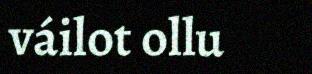
váilot ollu